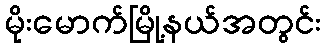
မိုးမောက်မြို့နယ်အတွင်း